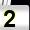
Digit: 2